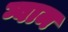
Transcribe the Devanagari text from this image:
ग्वाम